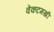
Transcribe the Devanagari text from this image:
वेंकटमखी